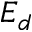
E _ { d }